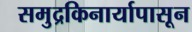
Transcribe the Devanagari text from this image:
समुद्रकिनार्यापासून